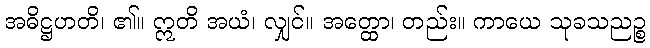
အဓိဋ္ဌဟတိ၊ ၏။ ဣတိ အယံ၊ လျှင်။ အတ္ထော၊ တည်း။ ကာယေ သုခသညဉ္စ